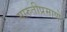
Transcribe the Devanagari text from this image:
मारुतीप्रमाणे